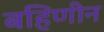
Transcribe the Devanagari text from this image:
बहिणीन